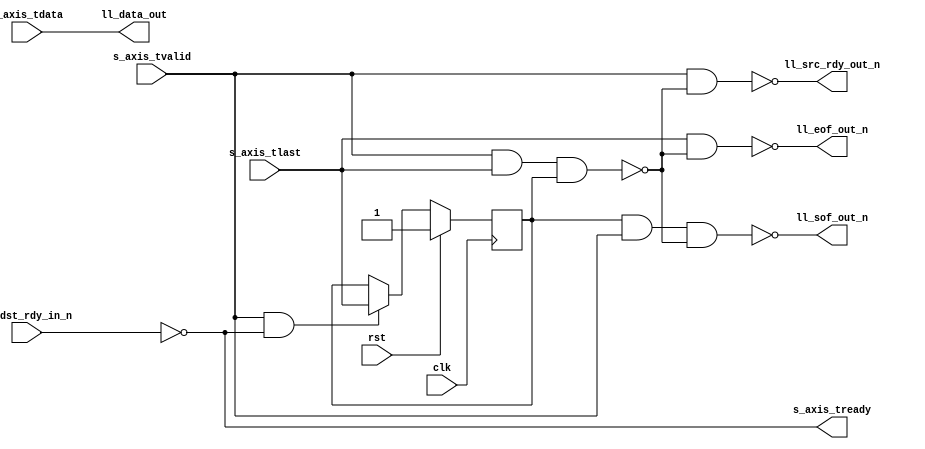
// This program was cloned from: https://github.com/ucsdsysnet/Rosebud
// License: MIT License

/*

Copyright (c) 2014-2018 Alex Forencich

Permission is hereby granted, free of charge, to any person obtaining a copy
of this software and associated documentation files (the "Software"), to deal
in the Software without restriction, including without limitation the rights
to use, copy, modify, merge, publish, distribute, sublicense, and/or sell
copies of the Software, and to permit persons to whom the Software is
furnished to do so, subject to the following conditions:

The above copyright notice and this permission notice shall be included in
all copies or substantial portions of the Software.

THE SOFTWARE IS PROVIDED "AS IS", WITHOUT WARRANTY OF ANY KIND, EXPRESS OR
IMPLIED, INCLUDING BUT NOT LIMITED TO THE WARRANTIES OF MERCHANTABILITY
FITNESS FOR A PARTICULAR PURPOSE AND NONINFRINGEMENT. IN NO EVENT SHALL THE
AUTHORS OR COPYRIGHT HOLDERS BE LIABLE FOR ANY CLAIM, DAMAGES OR OTHER
LIABILITY, WHETHER IN AN ACTION OF CONTRACT, TORT OR OTHERWISE, ARISING FROM,
OUT OF OR IN CONNECTION WITH THE SOFTWARE OR THE USE OR OTHER DEALINGS IN
THE SOFTWARE.

*/

// Language: Verilog 2001

`resetall
`timescale 1ns / 1ps
`default_nettype none

/*
 * AXI4-Stream to LocalLink bridge
 */
module axis_ll_bridge #
(
    parameter DATA_WIDTH = 8
)
(
    input  wire                   clk,
    input  wire                   rst,

    /*
     * AXI input
     */
    input  wire [DATA_WIDTH-1:0]  s_axis_tdata,
    input  wire                   s_axis_tvalid,
    output wire                   s_axis_tready,
    input  wire                   s_axis_tlast,

    /*
     * LocalLink output
     */
    output wire [DATA_WIDTH-1:0]  ll_data_out,
    output wire                   ll_sof_out_n,
    output wire                   ll_eof_out_n,
    output wire                   ll_src_rdy_out_n,
    input  wire                   ll_dst_rdy_in_n
);

reg last_tlast = 1'b1;

always @(posedge clk) begin
    if (rst) begin
        last_tlast = 1'b1;
    end else begin
        if (s_axis_tvalid && s_axis_tready) last_tlast = s_axis_tlast;
    end
end

// high for packet length 1 -> cannot set SOF and EOF in same cycle
// invalid packets are discarded
wire invalid = s_axis_tvalid && s_axis_tlast && last_tlast;

assign s_axis_tready = !ll_dst_rdy_in_n;

assign ll_data_out = s_axis_tdata;
assign ll_sof_out_n = !(last_tlast && s_axis_tvalid && !invalid);
assign ll_eof_out_n = !(s_axis_tlast && !invalid);
assign ll_src_rdy_out_n = !(s_axis_tvalid && !invalid);

endmodule

`resetall